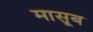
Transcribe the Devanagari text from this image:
मासूब